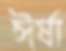
ঈর্ষা